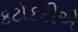
કટોકટીએ